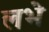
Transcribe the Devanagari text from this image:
लभे